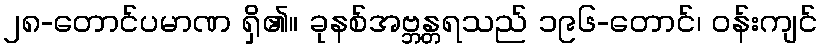
၂၈-တောင်ပမာဏ ရှိ၏။ ခုနစ်အဗ္ဘန္တရသည် ၁၉၆-တောင်၊ ဝန်းကျင်